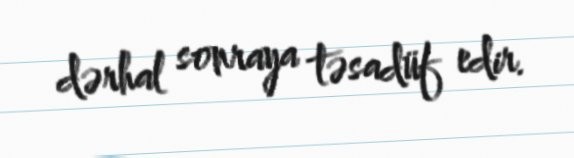
dərhal sonraya təsadüf edir.